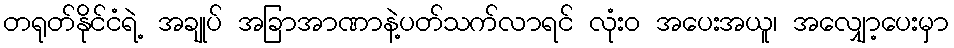
တရုတ်နိုင်ငံရဲ့ အချုပ် အခြာအာဏာနဲ့ပတ်သက်လာရင် လုံးဝ အပေးအယူ၊ အလျှော့ပေးမှာ